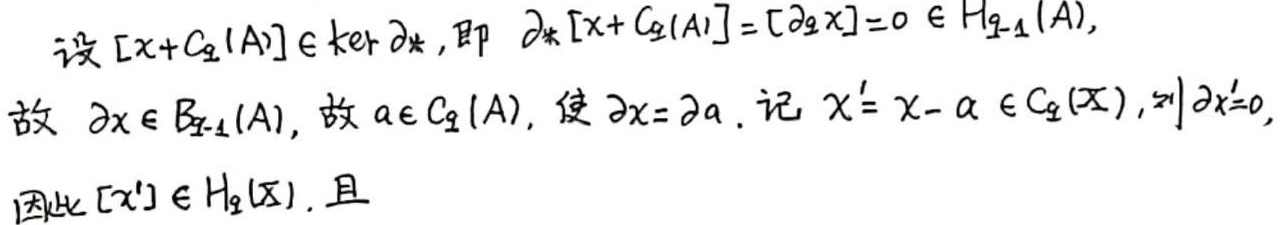
设 $[x + C_q(A)] \in \ker \partial_*$，即 $\partial_* [x + C_q(A)] = [\partial_q x] = 0 \in H_{q - 1}(A)$，
故 $\partial x \in B_{q - 1}(A)$，故 $a \in C_q(A)$，使 $\partial x = \partial a$。记 $x' = x - a \in C_q(X)$，则 $\partial x' = 0$，
因此 $[x'] \in H_q(X)$，且